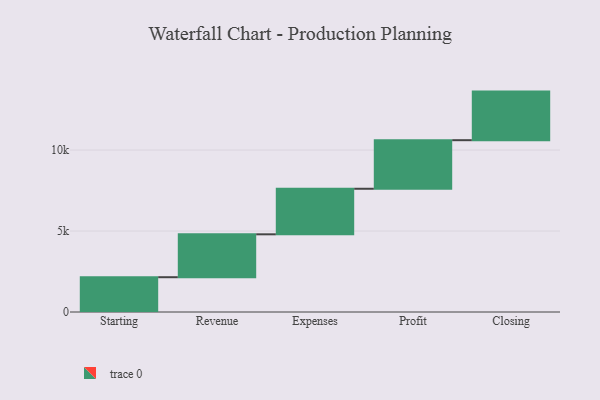
{"axis": {"x": "Step", "y": "Value"}, "legend": [""], "data": [{"x": "Starting", "y": 2148.0, "type": ""}, {"x": "Revenue", "y": 2649.0, "type": ""}, {"x": "Expenses", "y": 2812.0, "type": ""}, {"x": "Profit", "y": 2999.0, "type": ""}, {"x": "Closing", "y": 3000, "type": ""}]}